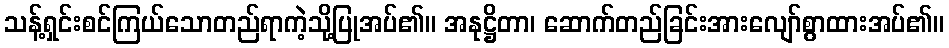
သန့်ရှင်းစင်ကြယ်သောတည်ရာကဲ့သို့ပြုအပ်၏။ အနုဋ္ဌိတာ၊ ဆောက်တည်ခြင်းအားလျော်စွာထားအပ်၏။